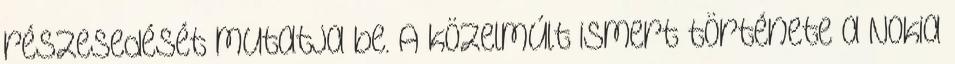
részesedését mutatja be. A közelmúlt ismert története a Nokia